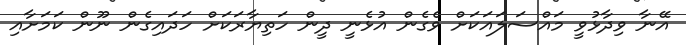
އޭނާ ވިދާޅުވީ މައްސަލައަކަށް ވެގެން އުޅެނީ ދީން ހަތިޔާރަކަށް ހަދައިގެން ނޫން ކަަމަށާއި